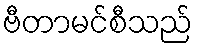
ဗီတာမင်စီသည်